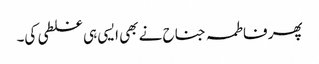
پھر فاطمہ جناح نے بھی ایسی ہی غلطی کی۔